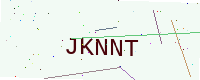
Text: JKNNT